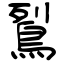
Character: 鴷